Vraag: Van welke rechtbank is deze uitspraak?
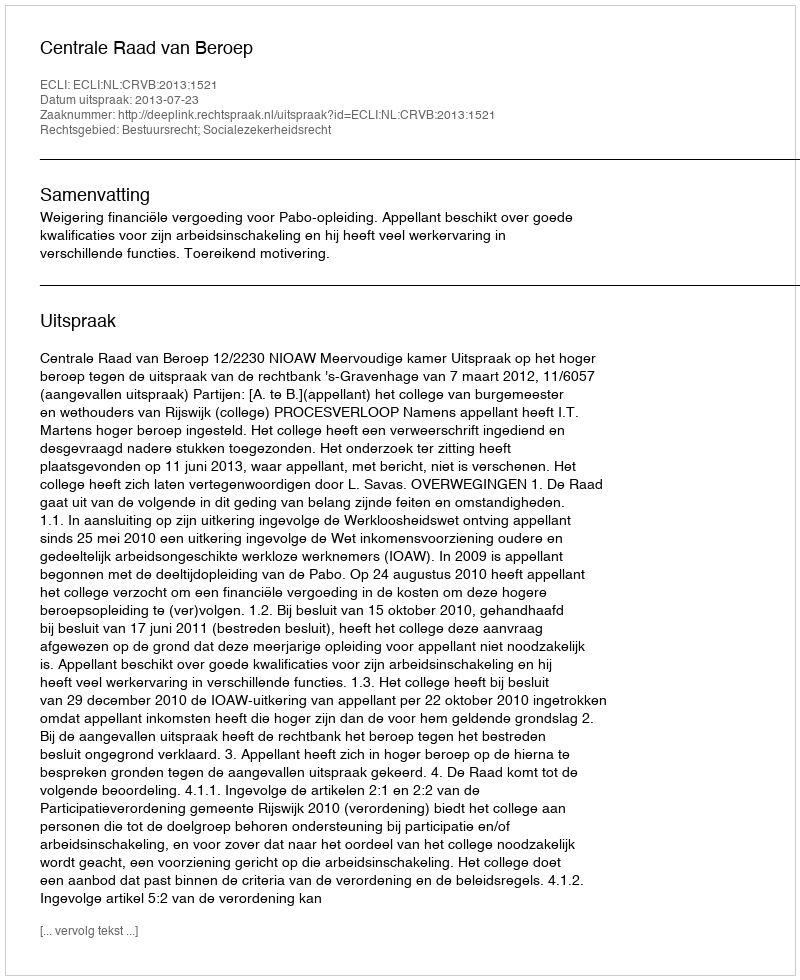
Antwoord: Centrale Raad van Beroep